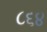
૮૬૪